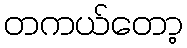
တကယ်တော့